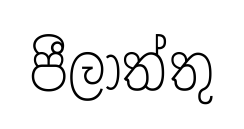
පීලාත්තු